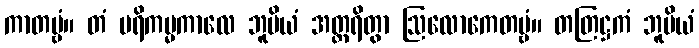
ကာတဗ္ဗံ။ တံ ပရိကမ္မကာလေ ဘူမိယံ အတ္ထရိတွာ ဩလောကေတဗ္ဗံ။ တတြဋ္ဌကံ ဘူမိယံ